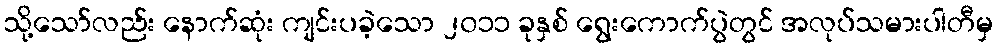
သို့သော်လည်း နောက်ဆုံး ကျင်းပခဲ့သော ၂၀၁၁ ခုနှစ် ရွေးကောက်ပွဲတွင် အလုပ်သမားပါတီမှ